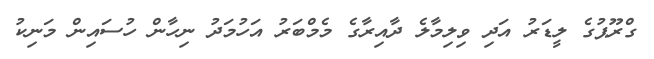
ގްރޫޕުގެ ލީޑަރު އަދި ވިލިމާލެ ދާއިރާގެ މެމްބަރު އަހުމަދު ނިހާން ހުސައިން މަނިކު